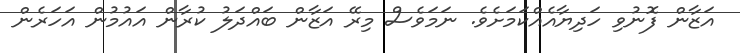
އަޒާން ފޮނުވި ހަދިޔާއެއްކަމަށެވެ. ނަމަވެސް މިރޭ އަޒާން ބައްދަލު ކުރާން އައުމުން އަހަރެން